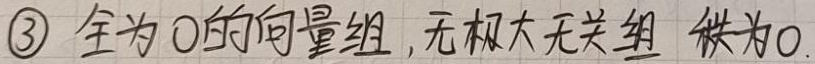
\textcircled{3} 全为\(0\)的向量组，无极大无关组，秩为\(0\)。